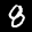
Label: 8